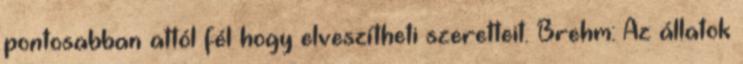
pontosabban attól fél hogy elveszítheti szeretteit. Brehm: Az állatok